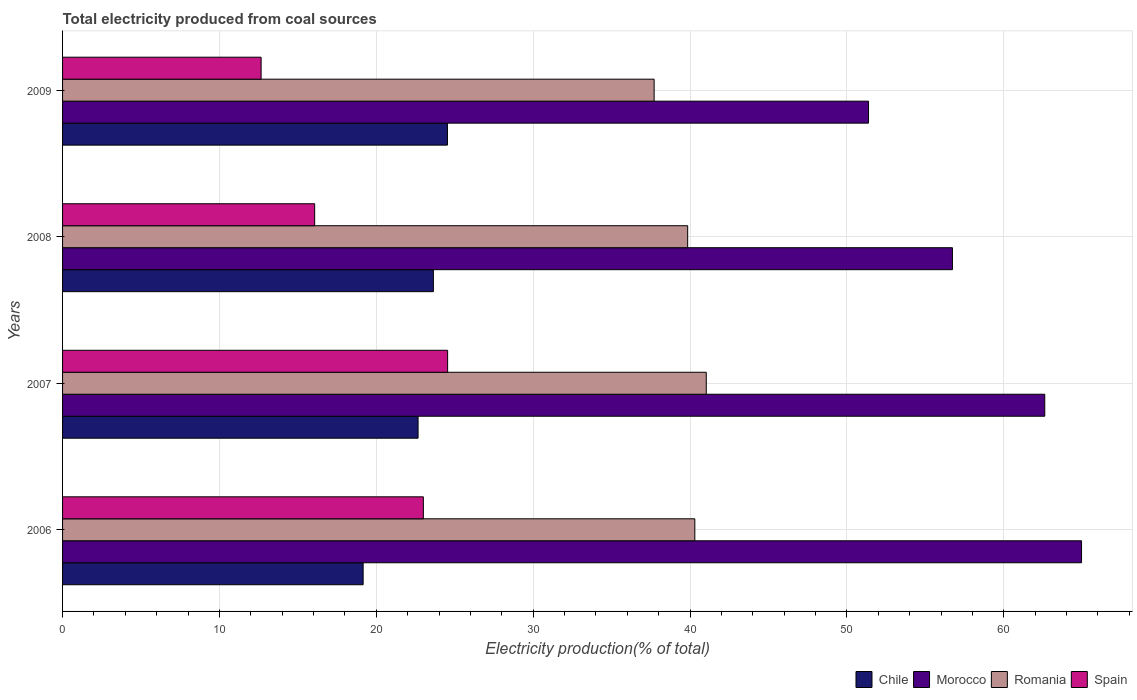
| Years | Chile | Morocco | Romania | Spain |
 | --- | --- | --- | --- | --- |
 | 2006 | 19.2 | 65 | 40.3 | 23 |
 | 2007 | 22.7 | 62.6 | 41 | 24.5 |
 | 2008 | 23.6 | 56.7 | 39.8 | 16.1 |
 | 2009 | 24.5 | 51.4 | 37.7 | 12.7 |